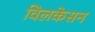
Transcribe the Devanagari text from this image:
विलकेसन